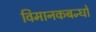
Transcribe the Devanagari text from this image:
विमानकबन्धों